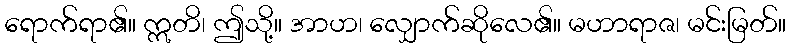
ရောက်ရာ၏။ ဣတိ၊ ဤသို့။ အာဟ၊ လျှောက်ဆိုလေ၏။ မဟာရာဇ၊ မင်းမြတ်။